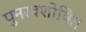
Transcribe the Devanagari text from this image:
पुनरवशोषित